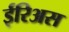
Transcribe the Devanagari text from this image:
ईरिअस